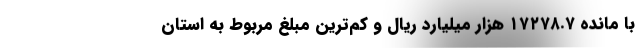
با مانده ۱۷۲۷۸.۷ هزار میلیارد ریال و کم‌ترین مبلغ مربوط به استان